Code of medical and sanitary regulations for the guidance of medical officers serving in the Madras Presidency - Volume I
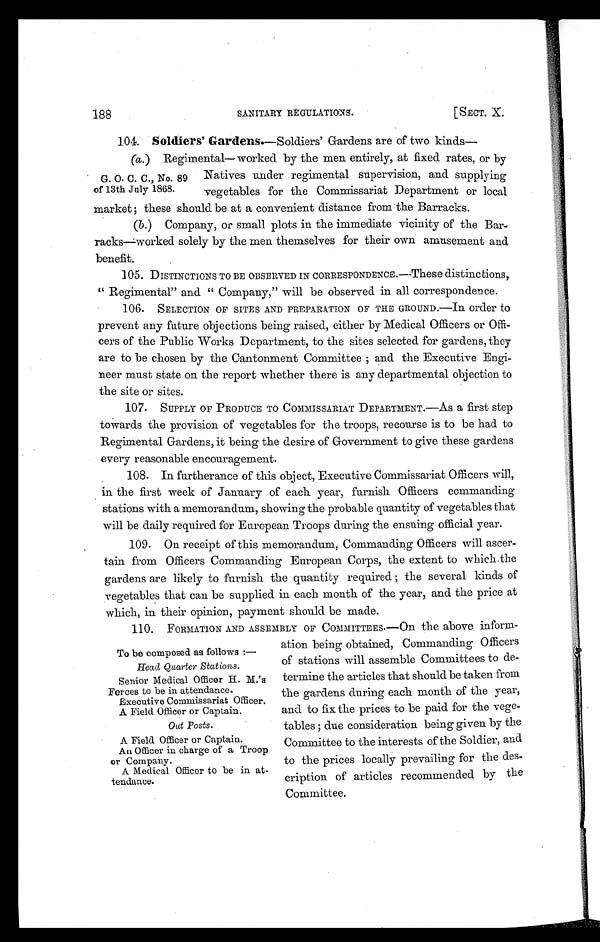
188
SANITARY REGULATIONS.
[SECT. X.
104. Soldiers' Gardens.—Soldiers' Gardens are of two kinds—
(a.) Regimental—worked by the men entirely, at fixed rates, or by
Natives under regimental supervision, and supplying
vegetables for the Commissariat Department or local
market ; these should be at a convenient distance from the Barracks.
(b.) Company, or small plots in the immediate vicinity of the Bar-
racks—worked solely by the men themselves for their own amusement and
benefit.
1 0 5 . D I S T I N C T I O N S T O B E O B S E R V E D I N C O R R E S P O N D E N C E . — T h e s e
d i s t i n c t i o n s ,
" Regimental" and " Company," will be observed in all correspondence.
106. SELECTION OF SITES AND PREPARATION OF THE GROUND.—In order to
prevent any future objections being raised, either by Medical Officers or Offi-
cers of the Public Works Department, to the sites selected for gardens, they
are to be chosen by the Cantonment Committee ; and the Executive Engi-
neer must state on the report whether there is any departmental objection to
the site or sites.
107. SUPPLY OF PRODUCE TO COMMISSARIAT DEPARTMENT.—AS a first step
towards the provision of vegetables for the troops, recourse is to be had to
Regimental Gardens, it being the desire of Government to give these gardens
every reasonable encouragement.
108. In furtherance of this object, Executive Commissariat Officers will,
in the first week of January of each year, furnish Officers commanding
stations with a memorandum, showing the probable quantity of vegetables that
will be daily required for Emropean Troops during the ensuing official year.
109. On receipt of this memorandum, Commanding Officers will ascer-
tain from Officers Commanding European Corps, the extent to which the
gardens are likely to furnish the quantity required ; the several kinds of
vegetables that can be supplied in each month of the year, and the price at
which, in their opinion, payment should be made.
110. FORMATION AND ASSEMBLY OF COMMITTEES.—On the above inform-
ation being obtained, Commanding Officers
of stations will assemble Committees to de-
termine the articles that should be taken from
the gardens during each month of the year,
and to fix the prices to be paid for the vege-
tables ; due consideration being given by the
Committee to the interests of the Soldier, and
to the prices locally prevailing for the des-
cription of articles recommended by the
Committee.
G. O. C. C., No. 89
of 13th July 1868.
To be composed as follows : —
Head Quarter Stations.
Senior Medical Officer H. M.'s
Forces to be in attendance.
Executive Commissariat Officer.
A Field Officer or Captain.
Out Posts.
A Field Of f
icer or Captain.
An Officer in charge of a Troop
or Company.
A Medical Officer to be in at-
tendance.